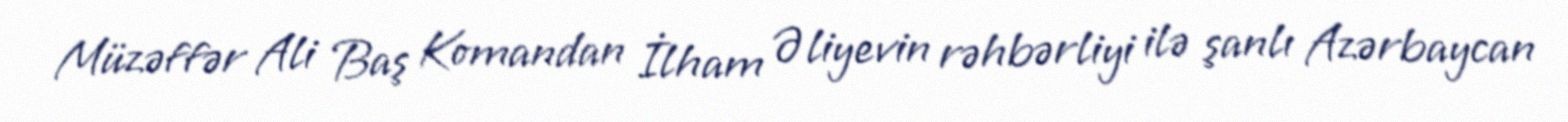
Müzəffər Ali Baş Komandan İlham Əliyevin rəhbərliyi ilə şanlı Azərbaycan